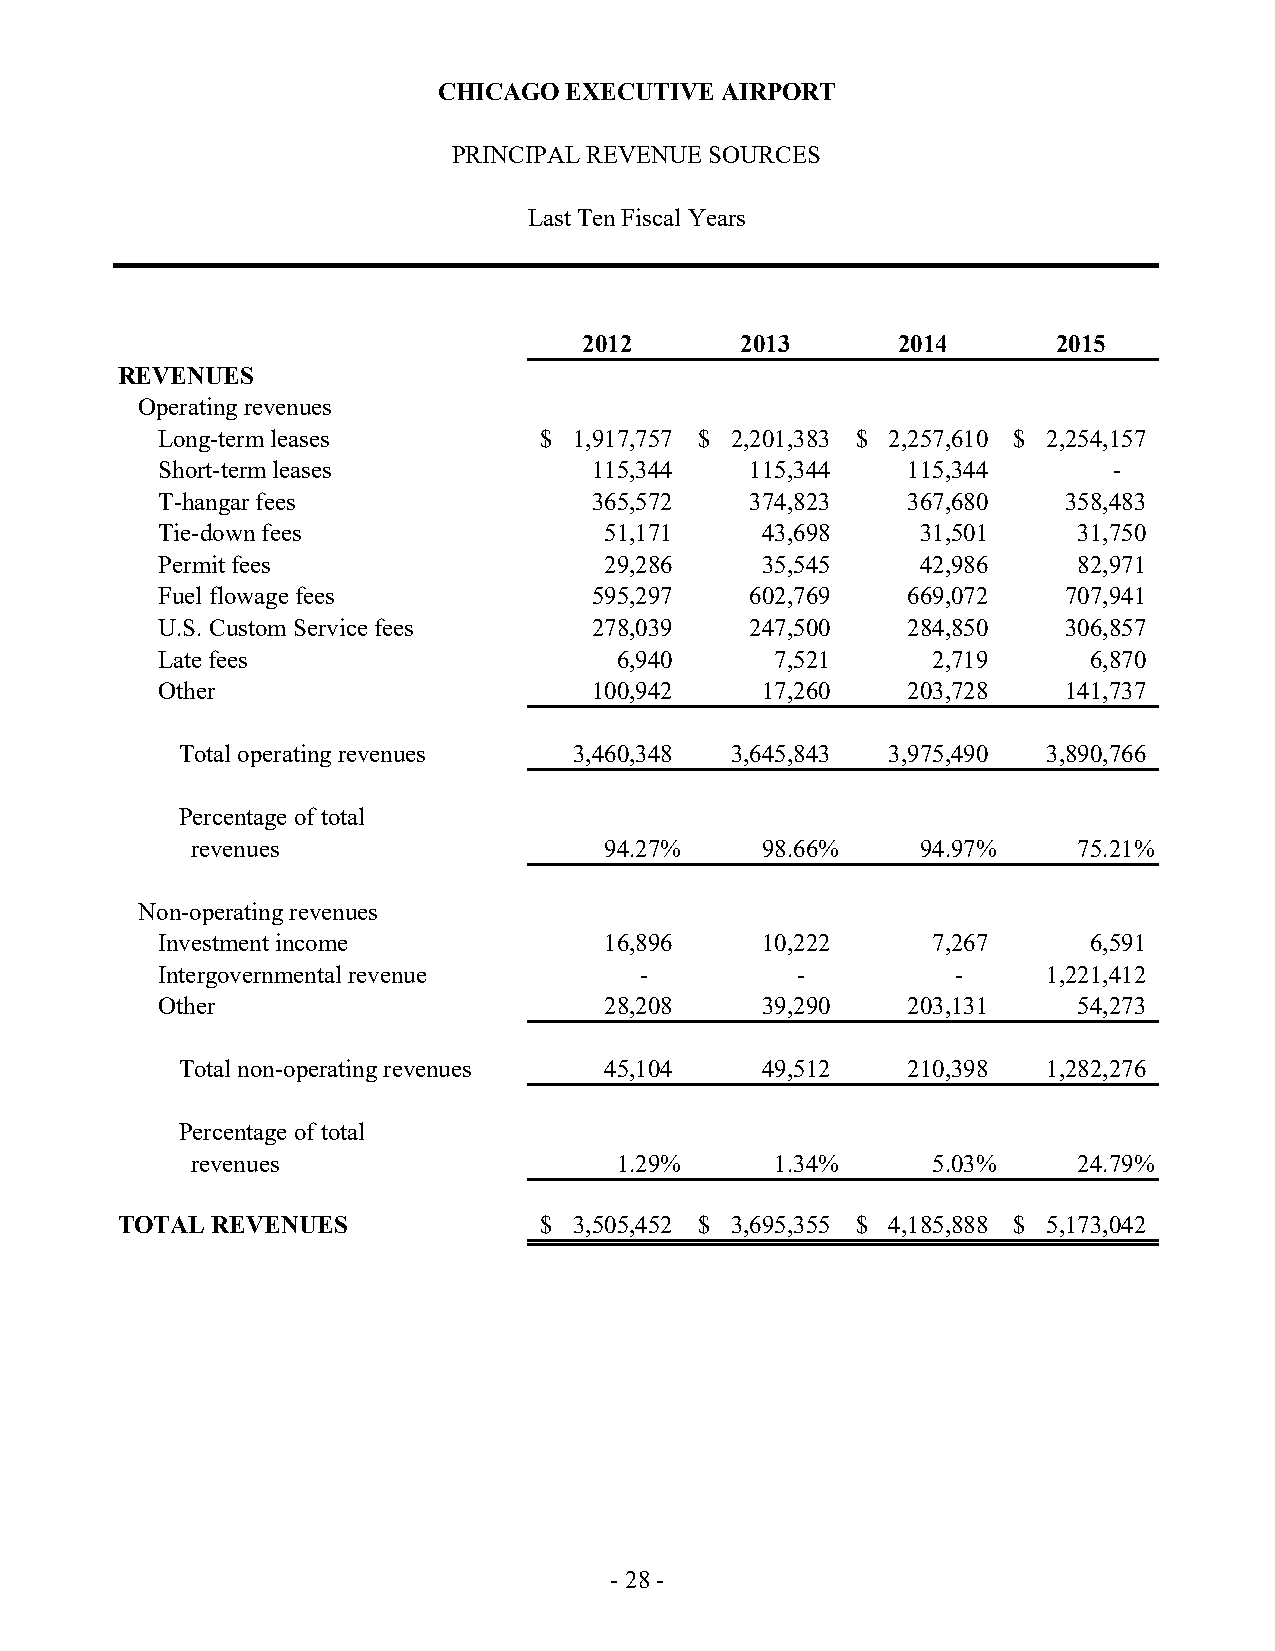
CHICAGO EXECUTIVE  AIRPORT
 PRINCIPAL REVENUE SOURCES
 Last Ten Fiscal Years
 2012      2013      2014       2015
 REVENUES
 Operating revenues
 Long-term leases          $ 1,917,757 $ 2,201,383 $ 2,257,610 $ 2,254,157
 Short-term leases            115,344    115,344   115,344       -
 T-hangar fees                365,572    374,823   367,680    358,483
 Tie-down fees                 51,171    43,698     31,501    31,750
 Permit fees                   29,286    35,545     42,986    82,971
 Fuel flowage fees            595,297    602,769   669,072    707,941
 U.S. Custom Service fees     278,039    247,500   284,850    306,857
 Late fees                      6,940     7,521      2,719     6,870
 Other                        100,942    17,260    203,728    141,737
 Total operating revenues  3,460,348 3,645,843  3,975,490 3,890,766
 Percentage of total
 revenues                   94.27%    98.66%     94.97%    75.21%
 Non-operating revenues
 Investment income             16,896    10,222      7,267     6,591
 Intergovernmental revenue       -          -         -     1,221,412
 Other                         28,208    39,290    203,131    54,273
 Total non-operating revenues 45,104   49,512    210,398  1,282,276
 Percentage of total
 revenues                    1.29%     1.34%      5.03%    24.79%
 TOTAL REVENUES              $ 3,505,452 $ 3,695,355 $ 4,185,888 $ 5,173,042
 - 28 -